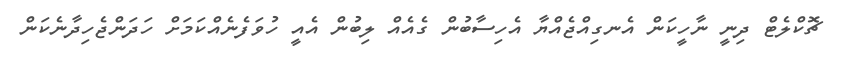
ޗޮކްލެޓް ދިނީ ނާހީކަން އެނގިއްޖެއްޔާ އެހިސާބުން ގެއެއް ލިބުން އެއީ ހުވަފެނެއްކަމަށް ހަދަންޖެހިދާނެކަން